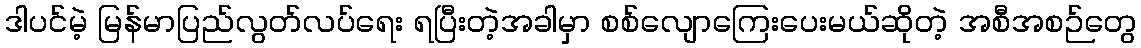
ဒါပင်မဲ့ မြန်မာပြည်လွတ်လပ်ရေး ရပြီးတဲ့အခါမှာ စစ်လျောကြေးပေးမယ်ဆိုတဲ့ အစီအစဉ်တွေ